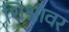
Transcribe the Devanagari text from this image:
शिश्नावर